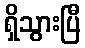
ရှိသွားပြီ